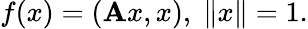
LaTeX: f(x)=(\mathbf{A}x,x),\; \| x\| =1.